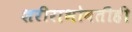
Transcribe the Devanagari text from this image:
शरीराभोवतीही